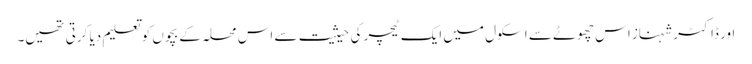
اور ڈاکٹر شہناز اس چھوٹے سے اسکول میں ایک ٹیچر کی حیثیت سے اس محلہ کے بچوں کو تعلیم دیا کرتی تھیں۔